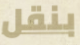
بنقل